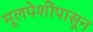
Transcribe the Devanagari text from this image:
मूलपेशींपासून